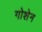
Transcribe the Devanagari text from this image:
गोशेन